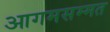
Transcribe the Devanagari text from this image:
आगमसम्मत